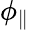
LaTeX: \phi_{\parallel}